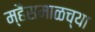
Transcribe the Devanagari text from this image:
म्हैसमाळच्या